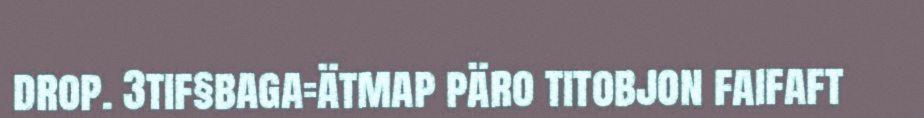
drop. 3tif§baga=ätmap päro titobjon faifaft